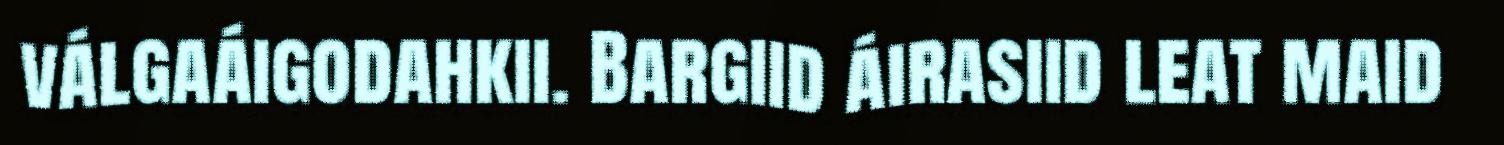
válgaáigodahkii. Bargiid áirasiid leat maid